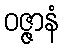
ဝဇ္ဇာနံ